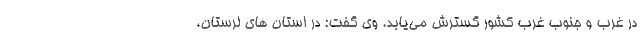
در غرب و جنوب غرب کشور گسترش می‌یابد. وی گفت: در استان های لرستان،